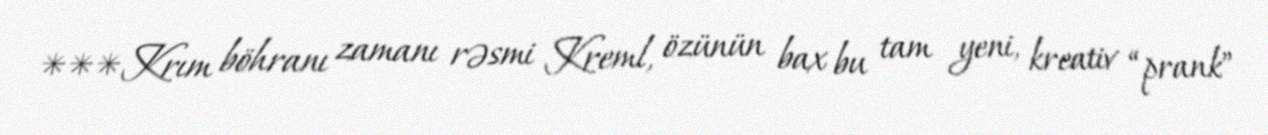
***Krım böhranı zamanı rəsmi Kreml, özünün bax bu tam yeni, kreativ “prank”